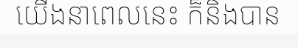
យើងនាពេលនេះ ក៏និងបាន